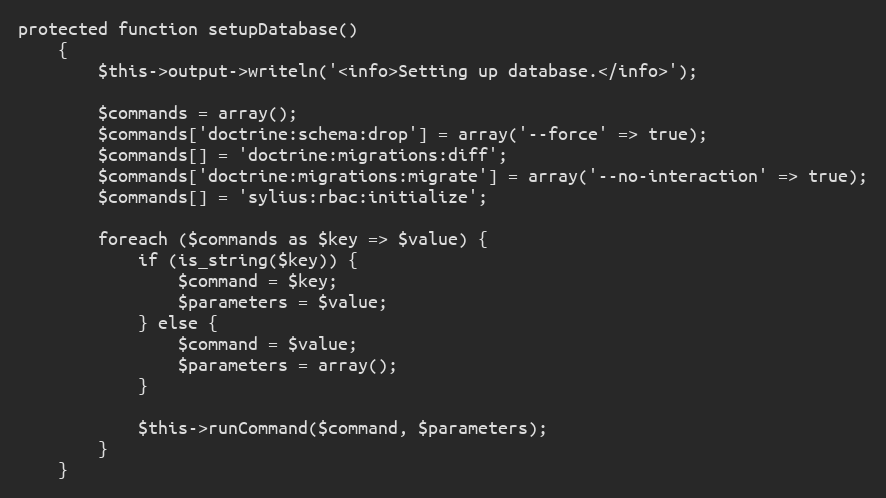
Language: PHP
protected function setupDatabase()
    {
        $this->output->writeln('<info>Setting up database.</info>');

        $commands = array();
        $commands['doctrine:schema:drop'] = array('--force' => true);
        $commands[] = 'doctrine:migrations:diff';
        $commands['doctrine:migrations:migrate'] = array('--no-interaction' => true);
        $commands[] = 'sylius:rbac:initialize';

        foreach ($commands as $key => $value) {
            if (is_string($key)) {
                $command = $key;
                $parameters = $value;
            } else {
                $command = $value;
                $parameters = array();
            }

            $this->runCommand($command, $parameters);
        }
    }